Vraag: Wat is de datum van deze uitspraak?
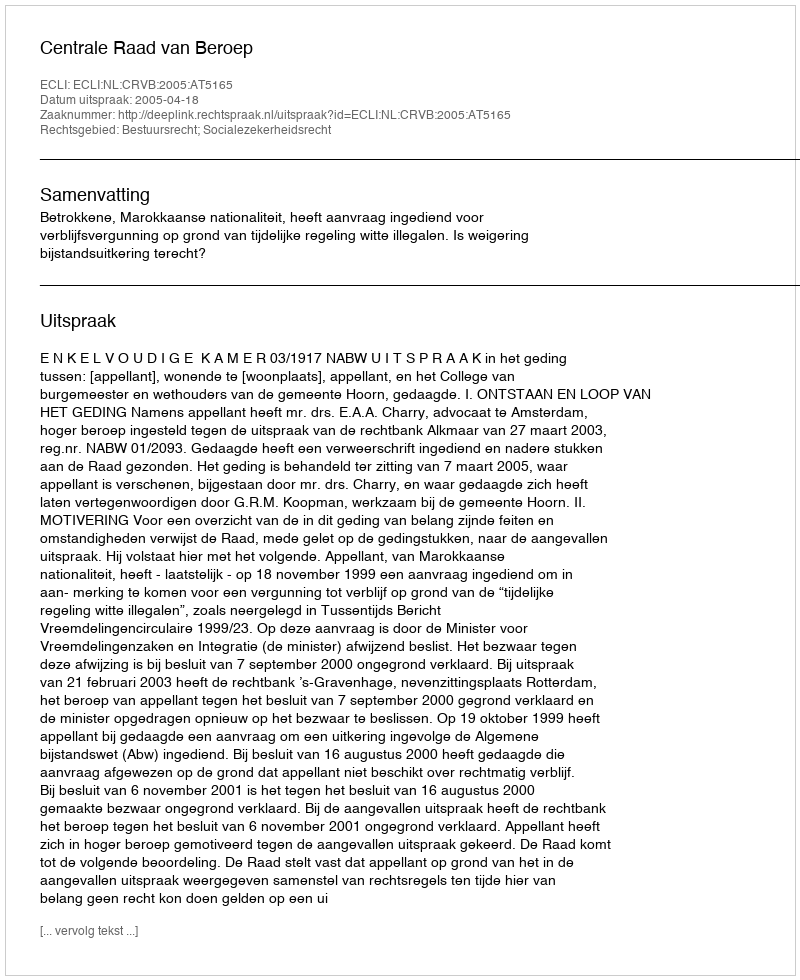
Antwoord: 2005-04-18